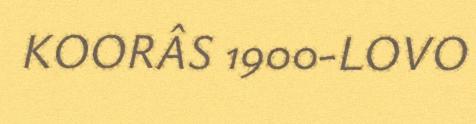
KOORÂS 1900-LOVO